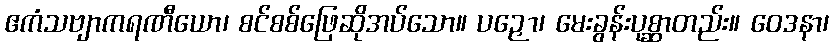
ဧကံသဗျာကရဏီယော၊ စင်စစ်ဖြေဆိုအပ်သော။ ပဉှော၊ မေးခွန်းပုစ္ဆာတည်း။ ဝေဒနာ၊